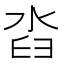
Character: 㳫